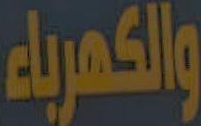
والكهرباء